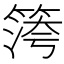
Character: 𥱀